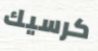
كرسيك